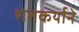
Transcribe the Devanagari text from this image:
शेतकर्याने